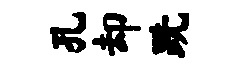
孔却跣